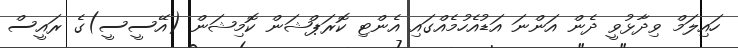
ހައިލަމް ވިދާޅުވީ ދެން އަންނަ އަޑުއެހުމެއްގައި އެންޓި ކޮރަޕްޝަން ކޮމިޝަން (އޭސީސީ)ގެ ރައީސް